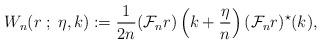
LaTeX: \begin{align*} W_n(r\; ;\; \eta,k) :=\frac{1}{2n}({\cal F}_nr)\left(k+\frac{\eta}{n}\right)({\cal F}_nr)^\star(k),\end{align*}